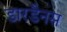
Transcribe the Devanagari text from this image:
डारडैनस